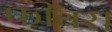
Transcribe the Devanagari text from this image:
फीवर।